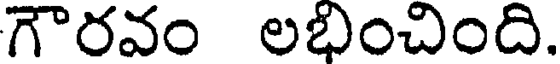
గౌరవం లభించింది.